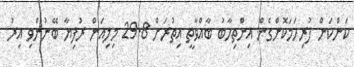
ކަންކަން ފުރިހަމަކޮށްގެން އިންތިހާބު ބާއްވާތީ އިތުރަށް 29.8 މިލިއަން ރުފިޔާ ބޭނުންވި އިރު